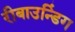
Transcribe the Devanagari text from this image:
रीबाउन्डिंग